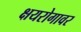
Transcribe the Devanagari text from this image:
क्षयरोगावर